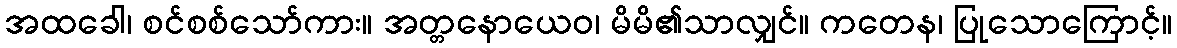
အထခေါ၊ စင်စစ်သော်ကား။ အတ္တနောယေဝ၊ မိမိ၏သာလျှင်။ ကတေန၊ ပြုသောကြောင့်။